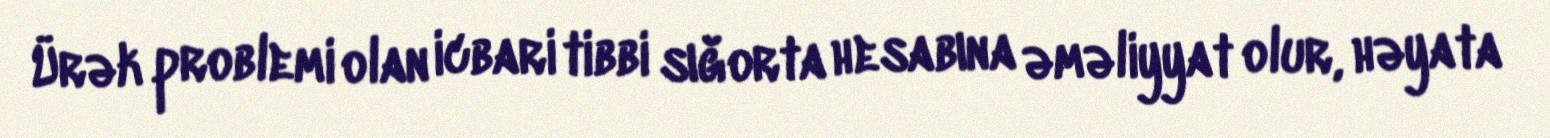
Ürək problemi olan icbari tibbi sığorta hesabına əməliyyat olur, həyata